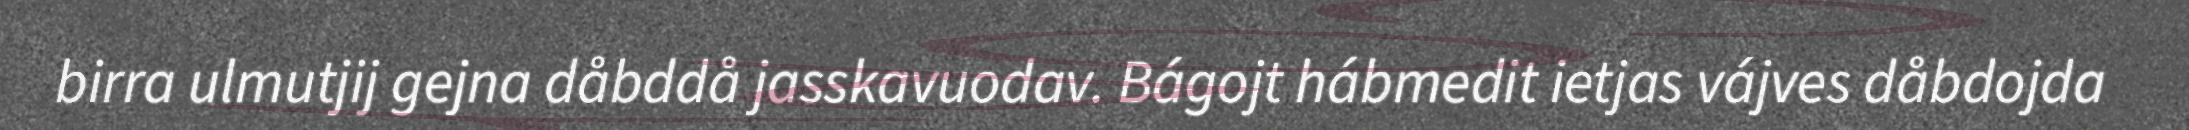
birra ulmutjij gejna dåbddå jasskavuodav. Bágojt hábmedit ietjas vájves dåbdojda